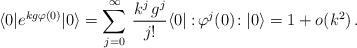
LaTeX: \begin{align*}\langle 0| e^{kg\varphi(0)} |0 \rangle = \sum_{j=0}^{\infty} \, \frac{k^j\,g^j}{j!}\langle 0| :\!\varphi^j(0)\!: |0 \rangle = 1 + o(k^2) \, .\end{align*}